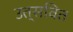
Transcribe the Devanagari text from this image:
उत्सवित